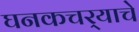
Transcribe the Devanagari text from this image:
घनकचर्‍याचे